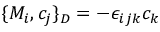
\{ M _ { i } , c _ { j } \} _ { D } = - \epsilon _ { i j k } c _ { k }